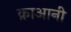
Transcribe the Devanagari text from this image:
क़ाआनी